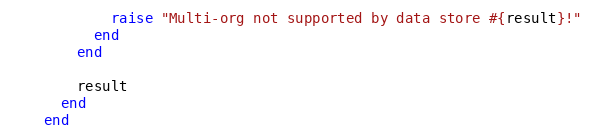
Language: Ruby
            raise "Multi-org not supported by data store #{result}!"
          end
        end

        result
      end
    end